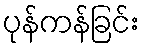
ပုန်ကန်ခြင်း